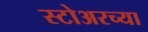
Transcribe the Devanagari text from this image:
स्टोअरच्या